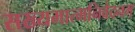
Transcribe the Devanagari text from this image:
सख्यमात्मनिवेदनम्